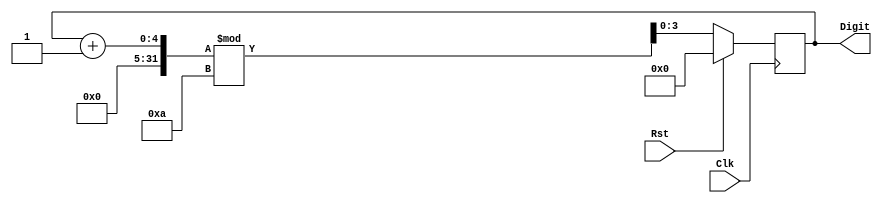
`timescale 1ns/1ps

// Mod 10 Counter 0-9 syncronous Reset

module Counter_1Digit(Digit, Clk, Rst);
	
	output reg [3:0]Digit='b0;
	input Clk, Rst;

always@(posedge Clk)
begin
	if (Rst) Digit = 'b0;

	else Digit = (Digit + 1)%10;

end

endmodule

module Counter_1Digit_tb();

	wire [3:0]Digit;
	reg Clk, Rst;

Counter_1Digit c0(Digit, Clk, Rst);
	
initial 
begin
	Rst = 'b1;
	Clk = 0;
	Rst = #7 'b0;


end

always #5 Clk = !Clk;

endmodule